Senior Leaving Certificate Examination (including Day School Certificate (Higher) General paper), 1949
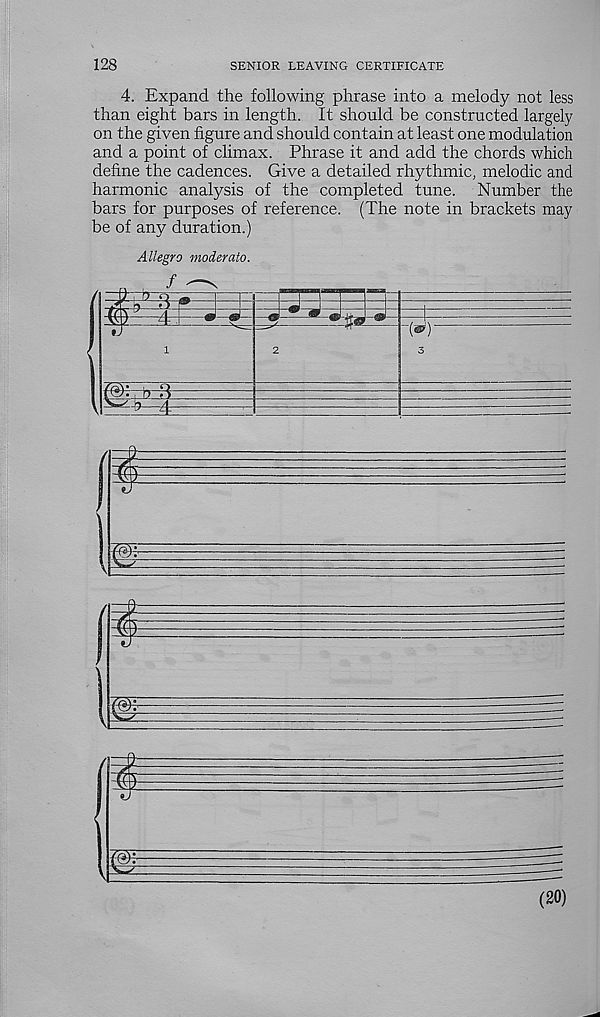
128
SENIOR LEAVING CERTIFICATE
4. Expand the following phrase into a melody not less
than eight bars in length. It should be constructed largely
on the given figure and should contain at least one modulation
and a point of climax. Phrase it and add the chords which
define the cadences. Give a detailed rhythmic, melodic and
harmonic analysis of the completed tune. Number the
bars for purposes of reference. (The note in brackets may
be of any duration.)
Allegro moderate.